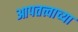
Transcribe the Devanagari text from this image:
आपतत्त्वाच्या